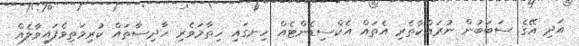
އަދި އޭގެ ސަބަބުން ނުރައްކާތެރި އެތައް އެކްސިޑެންޓެއް ހިނގައި ހިތާމަވެރި ހާދިސާތައް ކުރިމަތިވެފައިވާލެއް